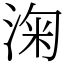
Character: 淗